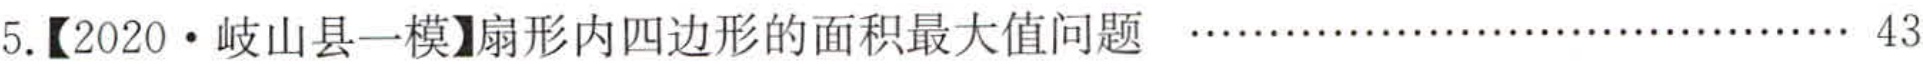
5.【2020·岐山县一模】扇形内四边形的面积最大值问题 \cdots\cdots\cdots\cdots\cdots\cdots\cdots\cdots\cdots\cdots 43